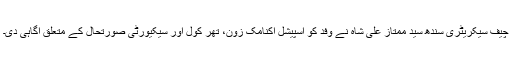
چیف سیکریٹری سندھ سید ممتاز علی شاہ نے وفد کو اسپیشل اکنامک زون، تھر کول اور سیکیورٹی صورتحال کے متعلق آگاہی دی۔